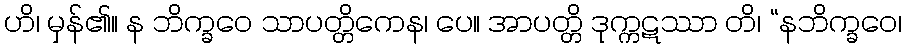
ဟိ၊ မှန်၏။ န ဘိက္ခဝေ သာပတ္တိကေန၊ ပေ။ အာပတ္တိ ဒုက္ကဋဿာ တိ၊ “နဘိက္ခဝေ၊